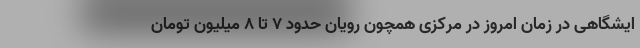
ایشگاهی در زمان امروز در مرکزی همچون رویان حدود ۷ تا ۸ میلیون تومان